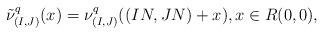
LaTeX: \begin{align*} \tilde{\nu}_{(I,J)}^q(x) = \nu_{(I,J)}^q((IN,JN)+x), x \in R(0,0),\end{align*}